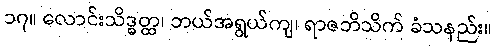
၁၇။ လောင်းသိဒ္ဓတ္ထ၊ ဘယ်အရွယ်ကျ၊ ရာဇဘိသိက် ခံသနည်း။